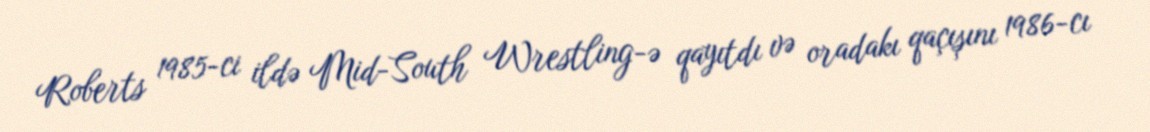
Roberts 1985-ci ildə Mid-South Wrestling-ə qayıtdı və oradakı qaçışını 1986-cı